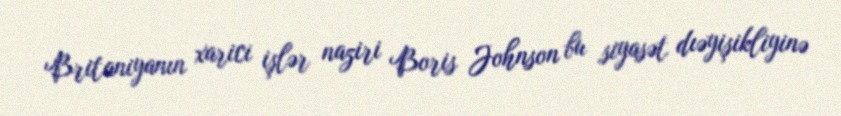
Britaniyanın xarici işlər naziri Boris Johnson bu siyasət dıəyişikliyinə